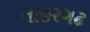
નાહરગઢ